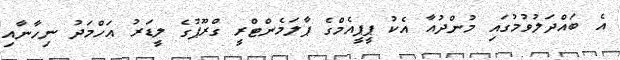
އެ ބައްދަލުވުމުގައި މުންދުއާ އެކު ޕީޕީއެމްގެ ޕާލަމެންޓްރީ ގްރޫޕުގެ ލީޑަރު އަހްމަދު ނިހާނާއި